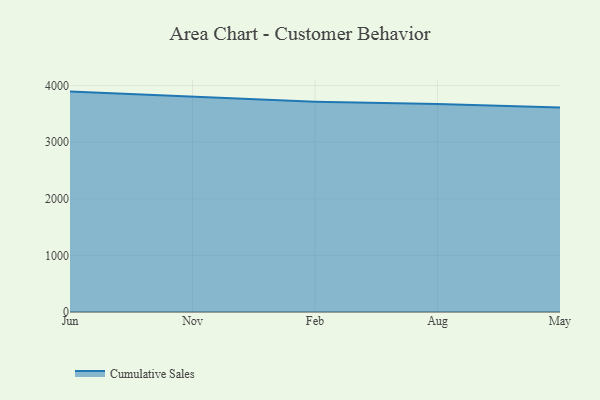
{"axis": {"x": "Month", "y": "Bounce Rate (%)"}, "legend": ["Cumulative Sales"], "data": [{"x": "Jun", "y": 3893.9, "type": "Cumulative Sales"}, {"x": "Nov", "y": 3810.1, "type": "Cumulative Sales"}, {"x": "Feb", "y": 3716.6, "type": "Cumulative Sales"}, {"x": "Aug", "y": 3673.4, "type": "Cumulative Sales"}, {"x": "May", "y": 3614.2, "type": "Cumulative Sales"}]}